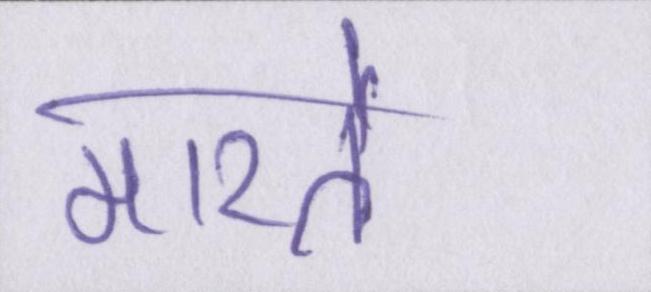
मारते